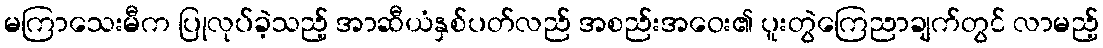
မကြာသေးမီက ပြုလုပ်ခဲ့သည့် အာဆီယံနှစ်ပတ်လည် အစည်းအဝေး၏ ပူးတွဲကြေညာချက်တွင် လာမည့်